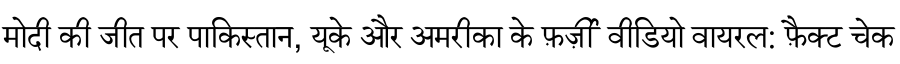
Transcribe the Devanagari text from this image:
मोदी की जीत पर पाकिस्तान, यूके और अमरीका के फ़र्ज़ी वीडियो वायरल: फ़ैक्ट चेक